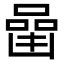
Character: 𠼧